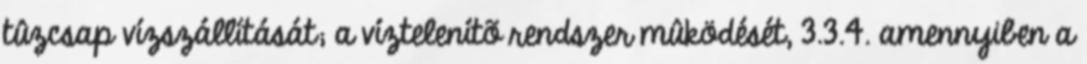
tûzcsap vízszállítását; a víztelenítõ rendszer mûködését, 3.3.4. amennyiben a